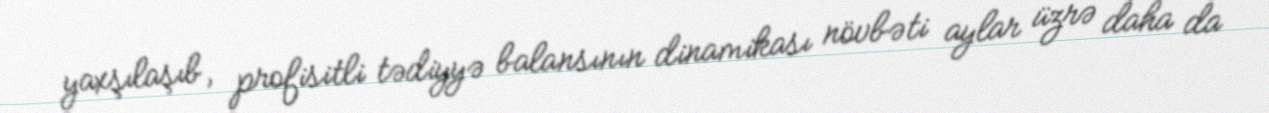
yaxşılaşıb, profisitli tədiyyə balansının dinamikası növbəti aylar üzrə daha da